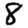
Digit: 8